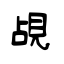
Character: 覘